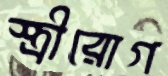
স্ত্রীরোগ